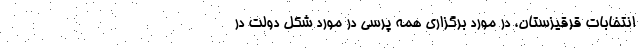
انتخابات قرقیزستان، در مورد برگزاری همه پرسی در مورد شکل دولت در